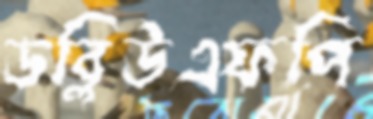
ডব্লিউএফপি